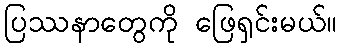
ပြဿနာတွေကို ဖြေရှင်းမယ်။